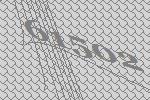
61502